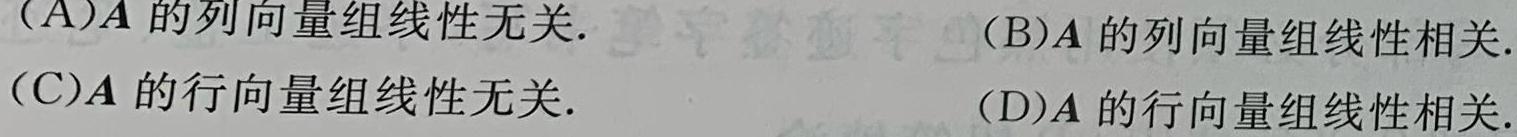
(A)$\boldsymbol{A}$ 的列向量组线性无关.
(B)$\boldsymbol{A}$ 的列向量组线性相关.
(C)$\boldsymbol{A}$ 的行向量组线性无关.
(D)$\boldsymbol{A}$ 的行向量组线性相关.